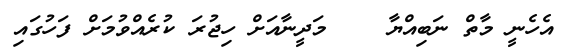
އެހެނީ މާތް ނަބިއްޔާ    މަދީނާއަށް ހިޖުރަ ކުރެއްވުމަށް ފަހުގައި